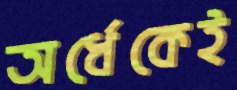
অর্ধেকেই